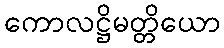
ကောလဋ္ဌိမတ္တိယော